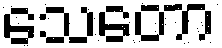
သေတော